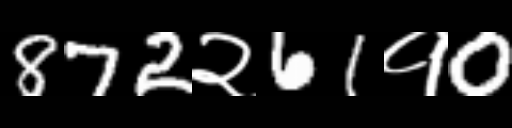
Text: 872२61१0